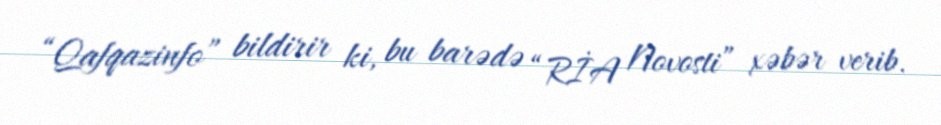
“Qafqazinfo” bildirir ki, bu barədə “RİA Novosti” xəbər verib.